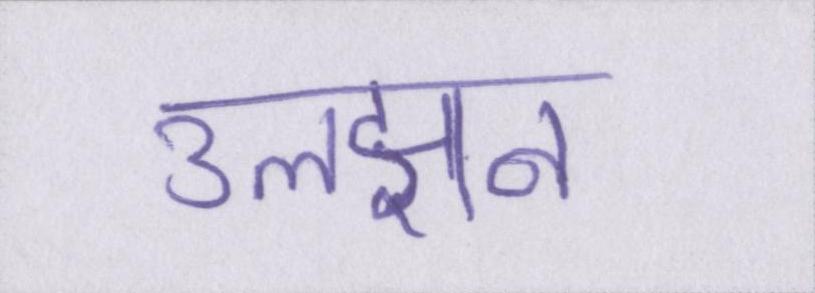
उलझन